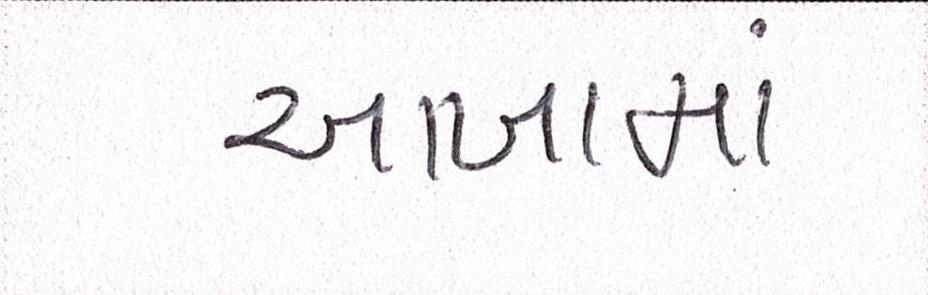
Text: આખામાં